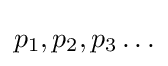
p_{1},p_{2},p_{3}\ldots